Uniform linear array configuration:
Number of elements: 64
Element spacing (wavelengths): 1
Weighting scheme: hamming
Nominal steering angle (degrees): -45
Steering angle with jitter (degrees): -43.38
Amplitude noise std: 0.05
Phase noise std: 0.05

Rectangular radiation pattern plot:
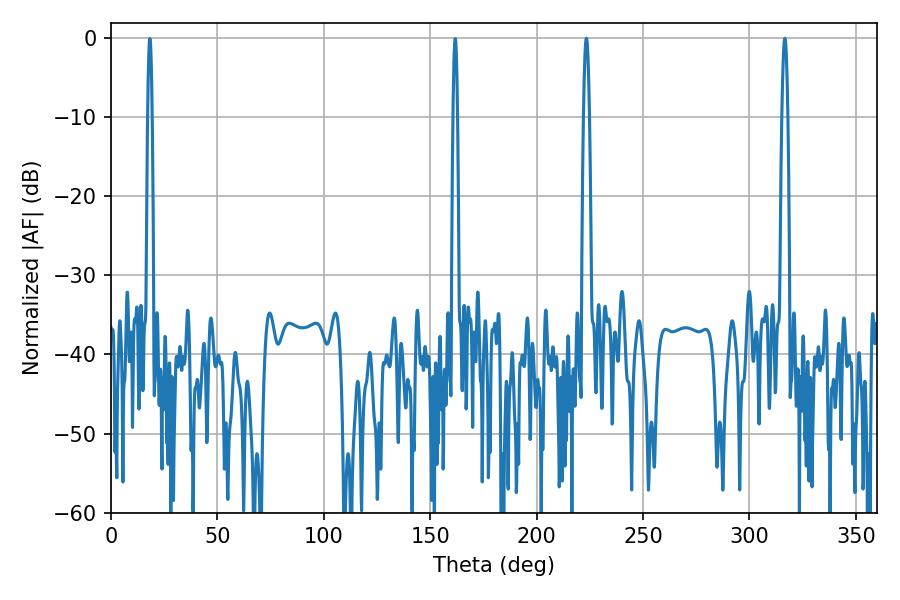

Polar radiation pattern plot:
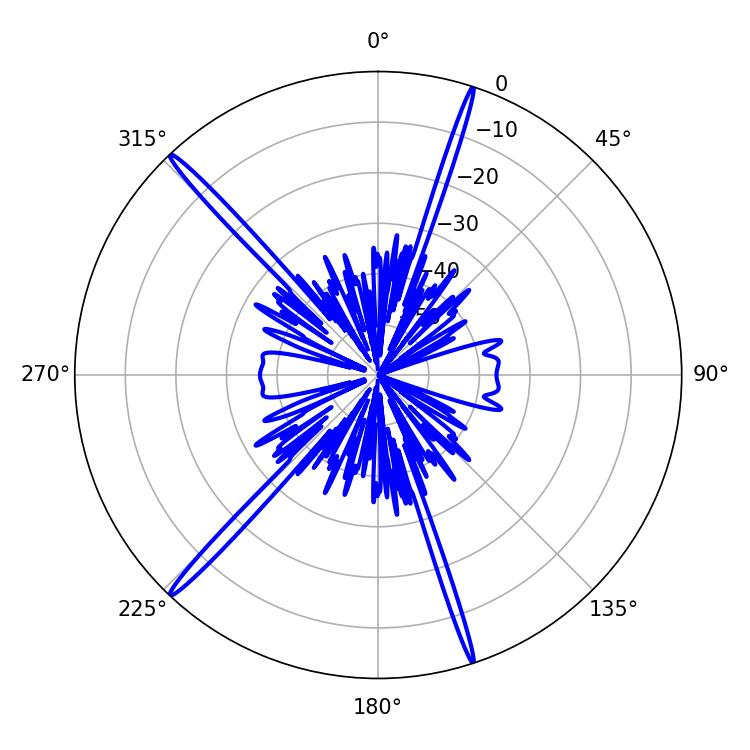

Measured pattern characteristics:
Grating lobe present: TRUE
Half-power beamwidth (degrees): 1.44
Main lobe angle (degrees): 316.62